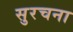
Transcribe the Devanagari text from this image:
सुरचना